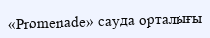
«Promenade» сауда орталығы